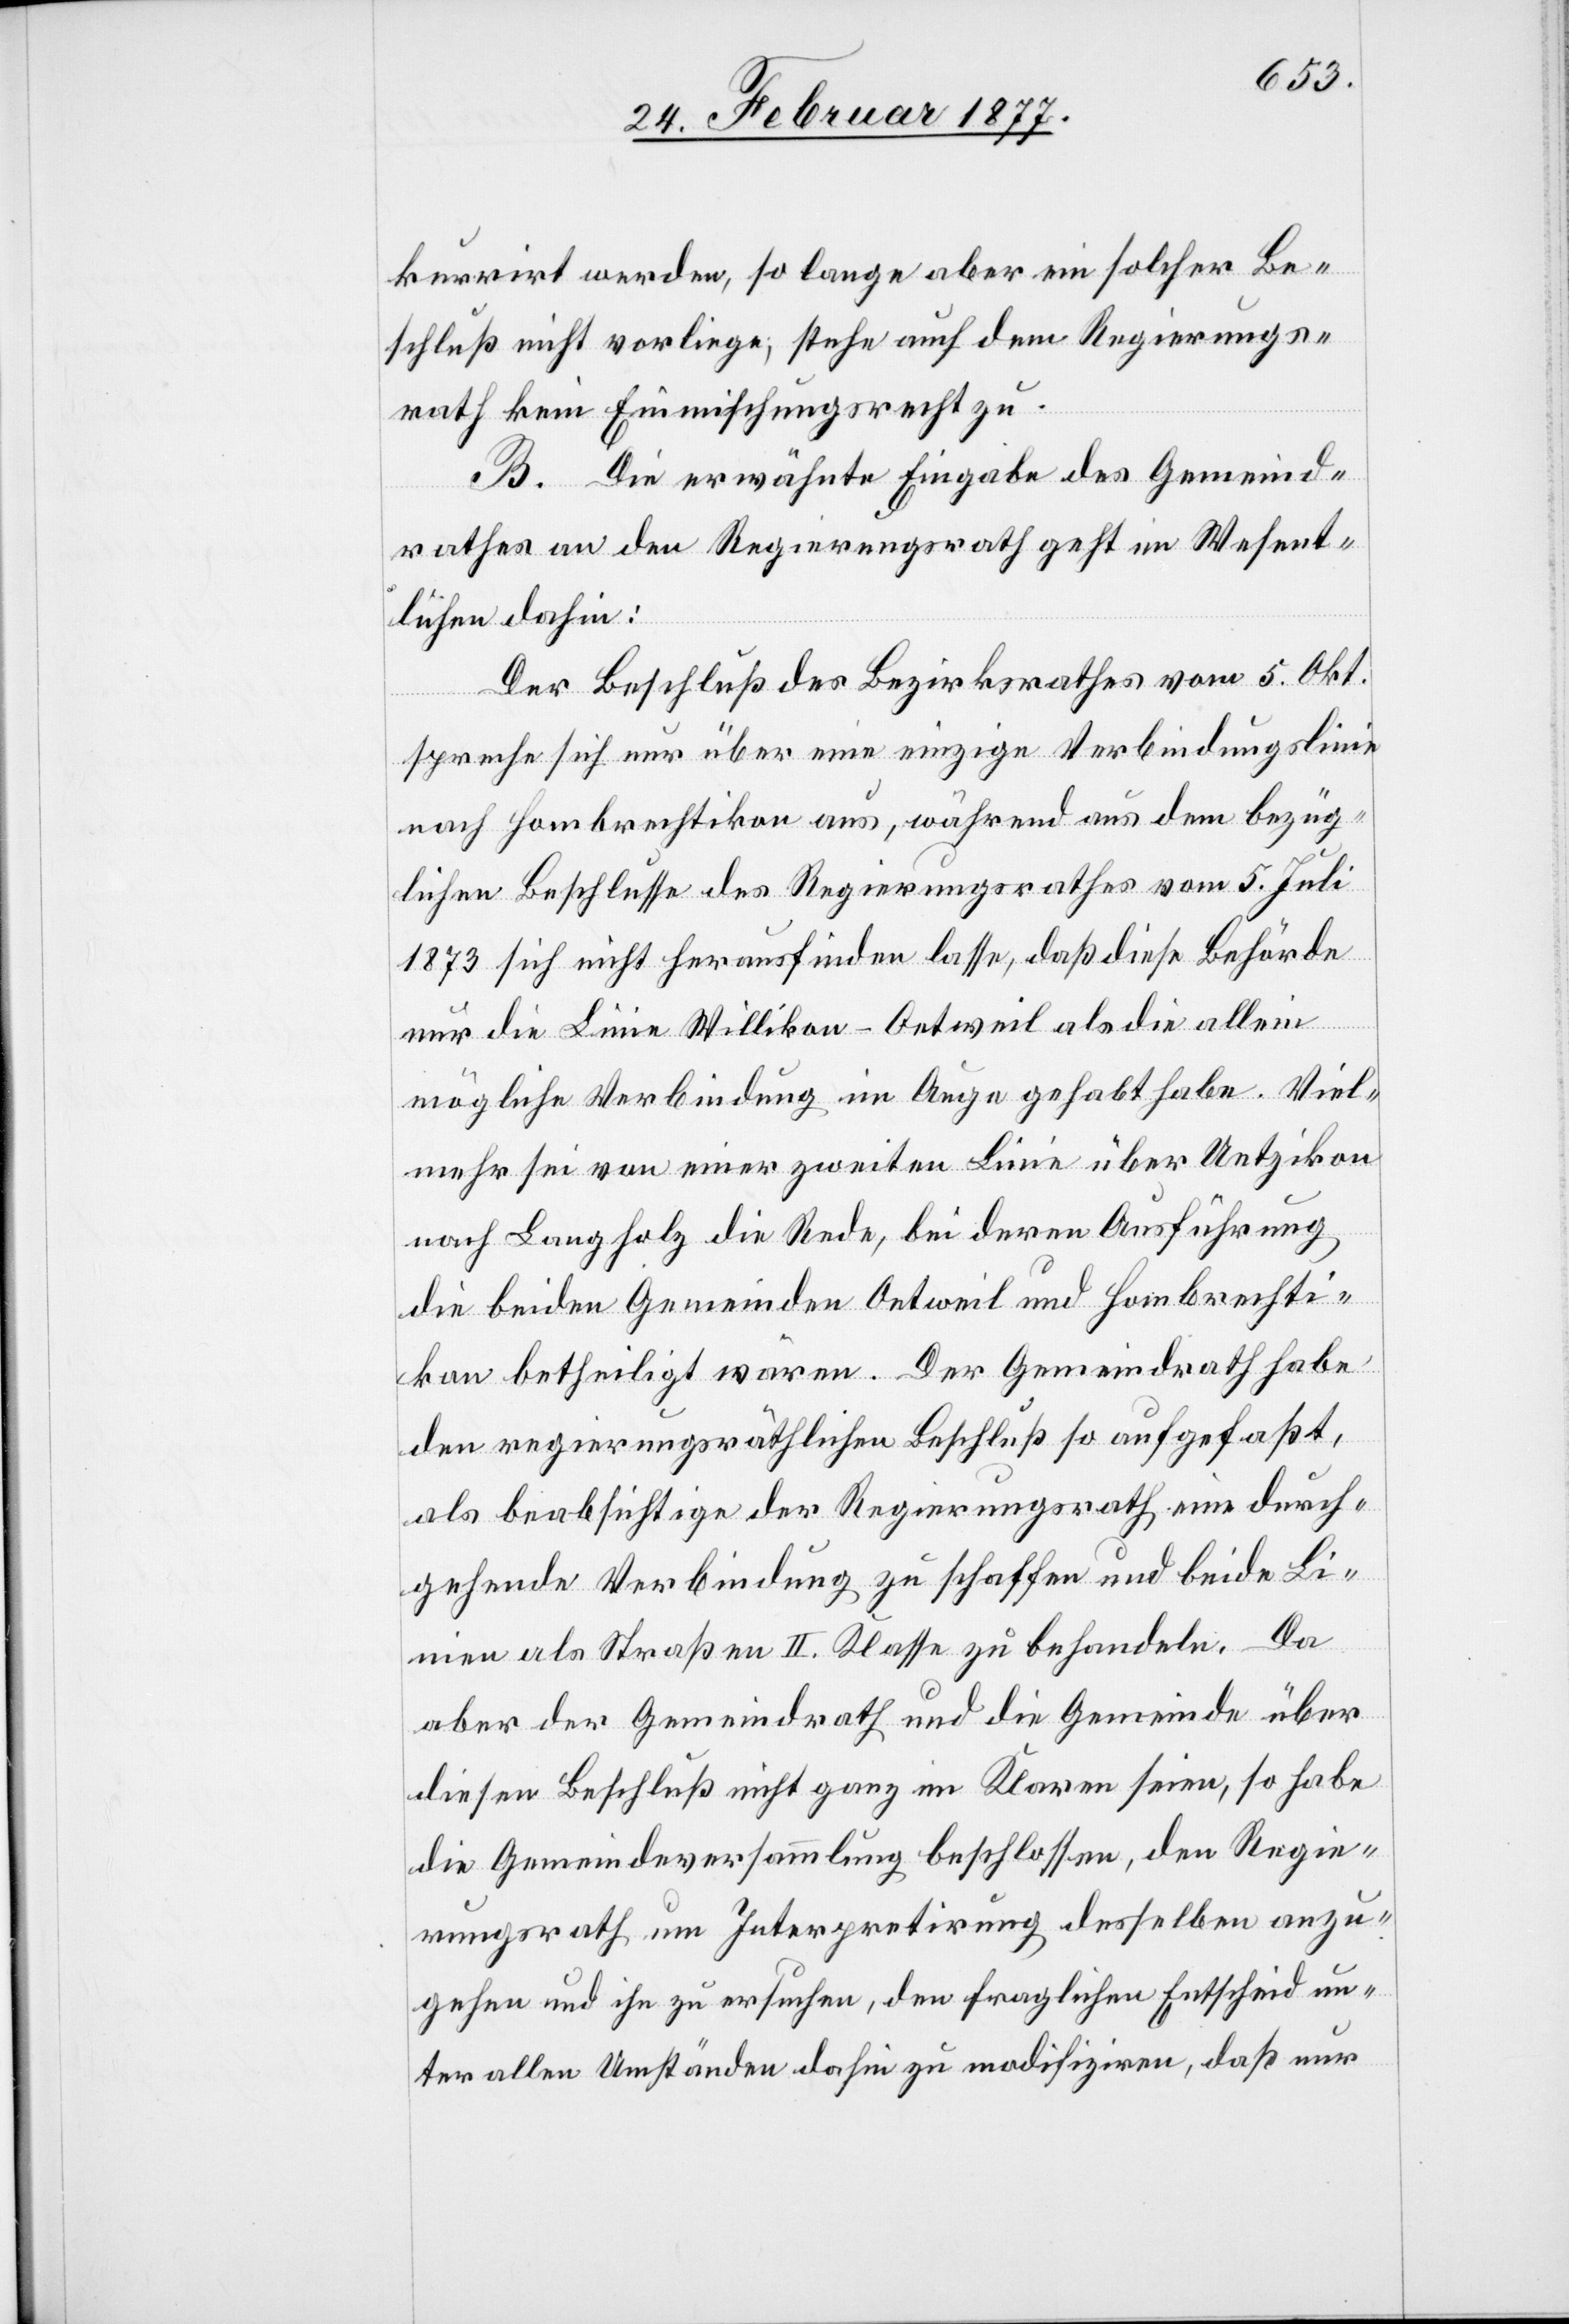
kurrirt werden, so lange aber ein solcher Be¬
schluß nicht vorliege, stehe auch dem Regierungs¬
rath kein Einmischungsrecht zu.
B. Die erwähnte Eingabe des Gemeind¬
rathes an den Regierungsrath geht im Wesent¬
lichen dahin:
Der Beschluß des Bezirksrathes vom 5. Okt.
spreche sich nur über eine einzige Verbindungslinie
nach Hombrechtikon aus, während aus dem bezüg¬
lichen Beschlusse des Regierungsrathes vom 5. Juli
1873 sich nicht herausfinden lasse, daß diese Behörde
nur die Linie Willikon–Oetweil als die allein
mögliche Verbindung im Auge gehabt habe. Viel¬
mehr sei von einer zweiten Linie über Uetzikon
nach Langholz die Rede, bei deren Ausführung
die beiden Gemeinden Oetweil und Hombrechti¬
kon betheiligt wären. Der Gemeindrath habe
den regierungsräthlichen Beschluß so aufgefaßt,
als beabsichtige der Regierungsrath eine durch¬
gehende Verbindung zu schaffen und beide Li¬
nien als Straßen II. Klasse zu behandeln. Da
aber der Gemeindrath und die Gemeinde über
diesen Beschluß nicht ganz im Klaren seien, so habe
die Gemeindeversammlung beschlossen, den Regie¬
rungsrath um Interpretirung desselben anzu¬
gehen und ihn zu ersuchen, den fraglichen Entscheid un¬
ter allen Umständen dahin zu modifiziren, daß nur